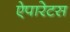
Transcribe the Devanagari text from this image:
ऐपारेटस